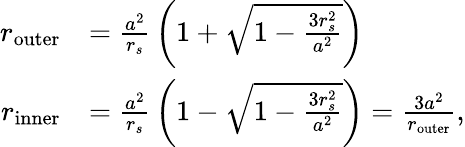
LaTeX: {\begin{array}{rl}{r_{\mathrm{outer}}}&{={\frac{a^{2}}{r_{s}}}\left(1+{\sqrt{1-{\frac{3r_{s}^{2}}{a^{2}}}}}\right)}\\ {r_{\mathrm{inner}}}&{={\frac{a^{2}}{r_{s}}}\left(1-{\sqrt{1-{\frac{3r_{s}^{2}}{a^{2}}}}}\right)={\frac{3a^{2}}{r_{\mathrm{outer}}}},}\end{array}}